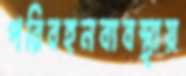
পরিবহনব্যবস্থায়